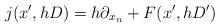
LaTeX: \begin{align*}j(x',hD) = h\partial_{x_n} + F(x',hD')\end{align*}